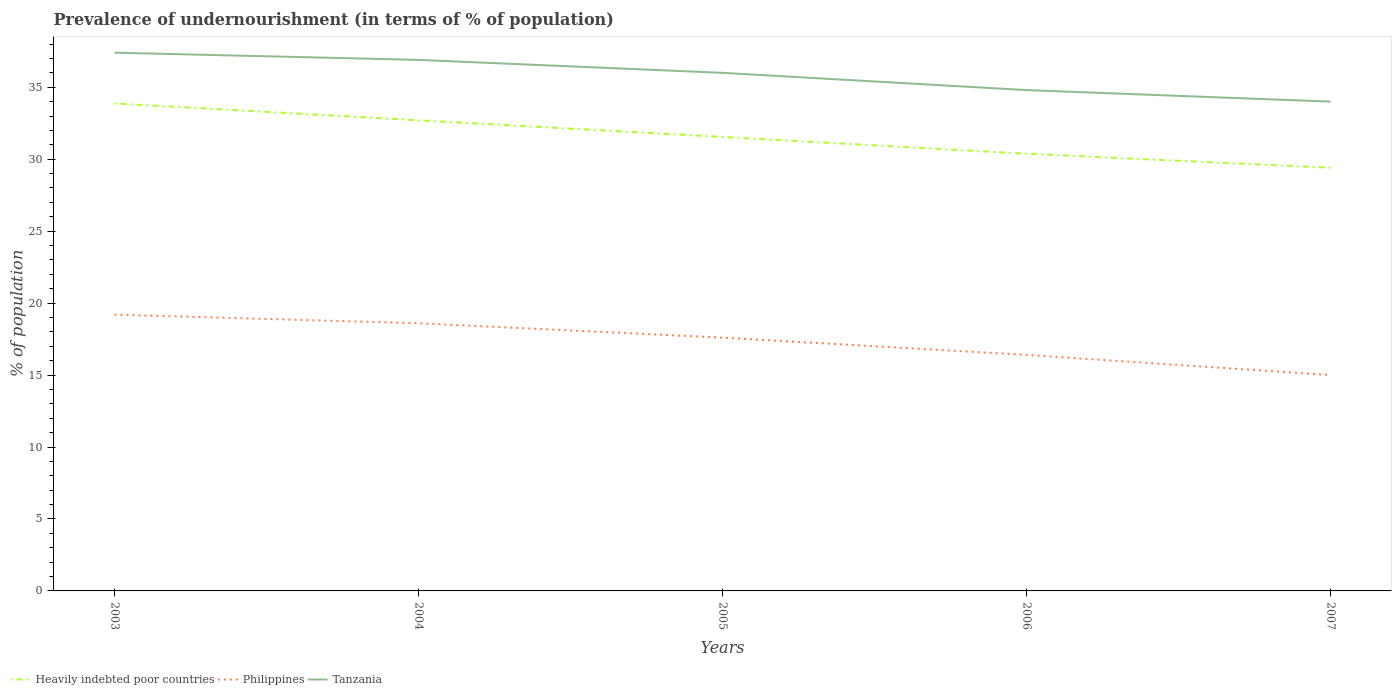
| Years | Heavily indebted poor countries | Philippines | Tanzania |
 | --- | --- | --- | --- |
 | 2003 | 33.9 | 19.2 | 37.4 |
 | 2004 | 32.7 | 18.6 | 36.9 |
 | 2005 | 31.5 | 17.6 | 36 |
 | 2006 | 30.4 | 16.4 | 34.8 |
 | 2007 | 29.4 | 15 | 34 |